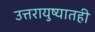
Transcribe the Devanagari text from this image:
उत्तरायुष्यातही